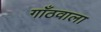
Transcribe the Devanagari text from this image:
गाँठवाला